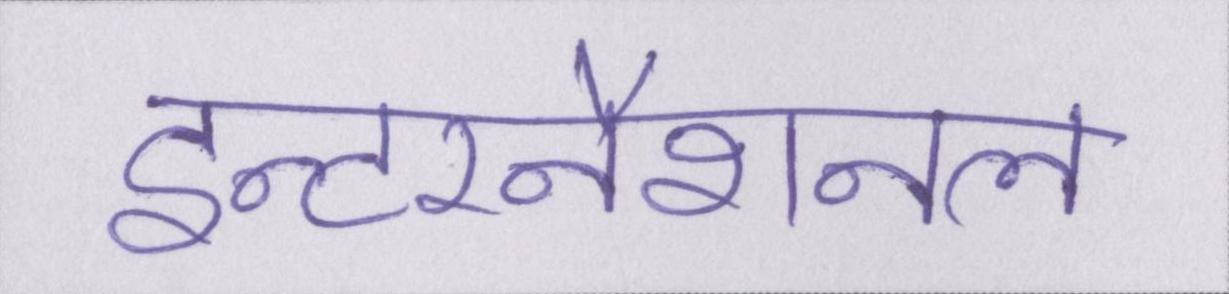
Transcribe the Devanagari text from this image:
इन्टरनैशनल